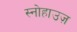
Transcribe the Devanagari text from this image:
स्नोहाउज़